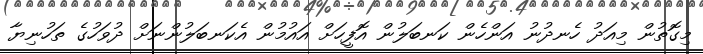
މިގޮތުން މިއަދު ހެނދުނު އަންހެން ކަނބަލުން އޮފީހަށް އައުމުން އެކަނބަލުންނަށް ދުވަހުގެ ތަހުނިޔާ